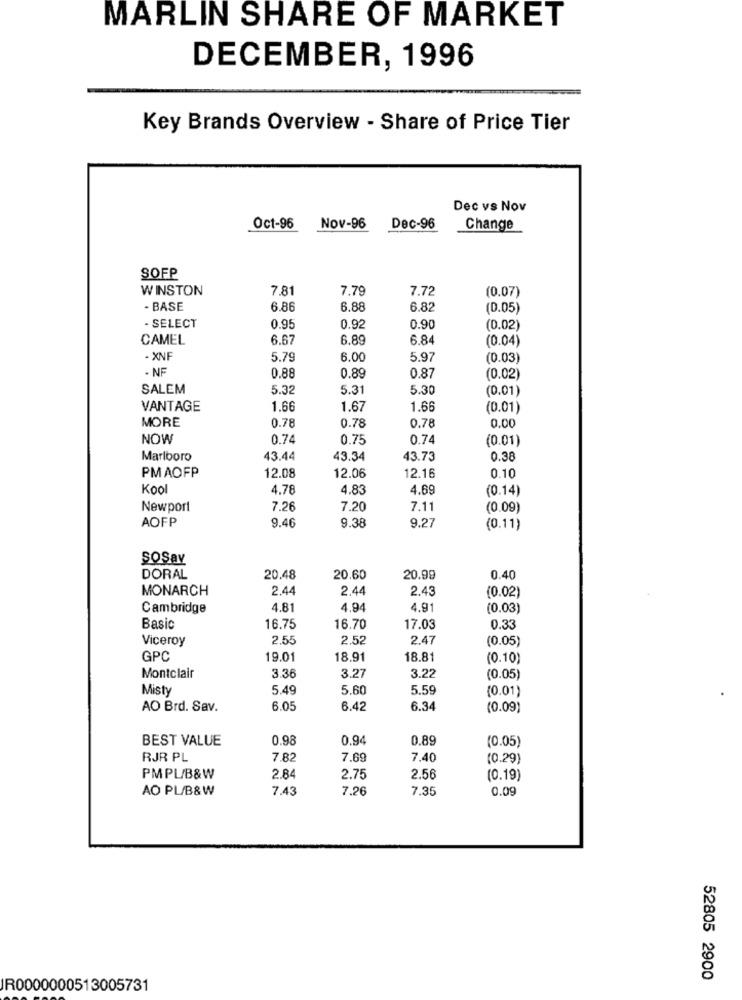
MARLIN SHARE OF MARKET
DECEMBER, 1996
Key Brands Overview - Share of Price Tier
Dec vs Nov
Oct-96
Nov-96
Dec-96
Change
SOFP
WINSTON
7.81
7.79
7.72
(0.07)
- BASE
6.86
6.88
6.82
(0.05)
- SELECT
0.95
0.92
0.90
(0.02)
CAMEL
6.67
6.89
6.84
(0.04)
- XNF
5.79
6.00
5.97
(0.03)
- NF
0.88
0.89
0.87
(0.02)
SALEM
5.32
5.31
5.30
(0.01)
VANTAGE
1.66
1.67
1.66
(0.01)
MORE
0.78
0.78
0.78
0.00
NOW
0.74
0.75
0.74
(0.01)
Marlboro
43.44
43.34
43.73
0.38
PMAOFP
12.08
12.06
12.16
0.10
Kool
4.78
4.83
4.69
(0.14)
Newport
7.26
7.20
7.11
(0.09)
AOFP
9.46
9.38
9.27
(0.11)
SOSav
DORAL
20.48
20.60
20.99
0.40
MONARCH
2.44
2.44
2.43
(0.02)
Cambridge
4.81
4.94
4.91
(0.03)
Basic
16.75
16.70
17.03
0.33
Viceroy
2.55
2.52
2.47
(0.05)
GPC
19.01
18.91
18.81
(0.10)
Montclair
3.36
3.27
3.22
(0.05)
Misty
5.49
5.60
5.59
(0.01)
AO Brd. Sav.
6.05
6.42
6.34
(0.09)
BEST VALUE
0.98
0.94
0.89
(0.05)
RJR PL
7.82
7.69
7,40
(0.29)
PMPL/B&W
2.84
2.75
2.56
(0.19)
AO PL/B&W
7.43
7.26
7.35
0.09
52805 2900
IR0000000513005731